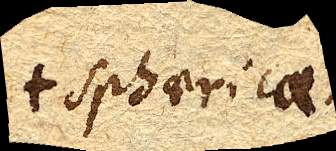
sphaericae